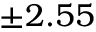
\pm 2 . 5 5